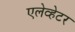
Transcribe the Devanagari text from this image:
एलेव्हेटर